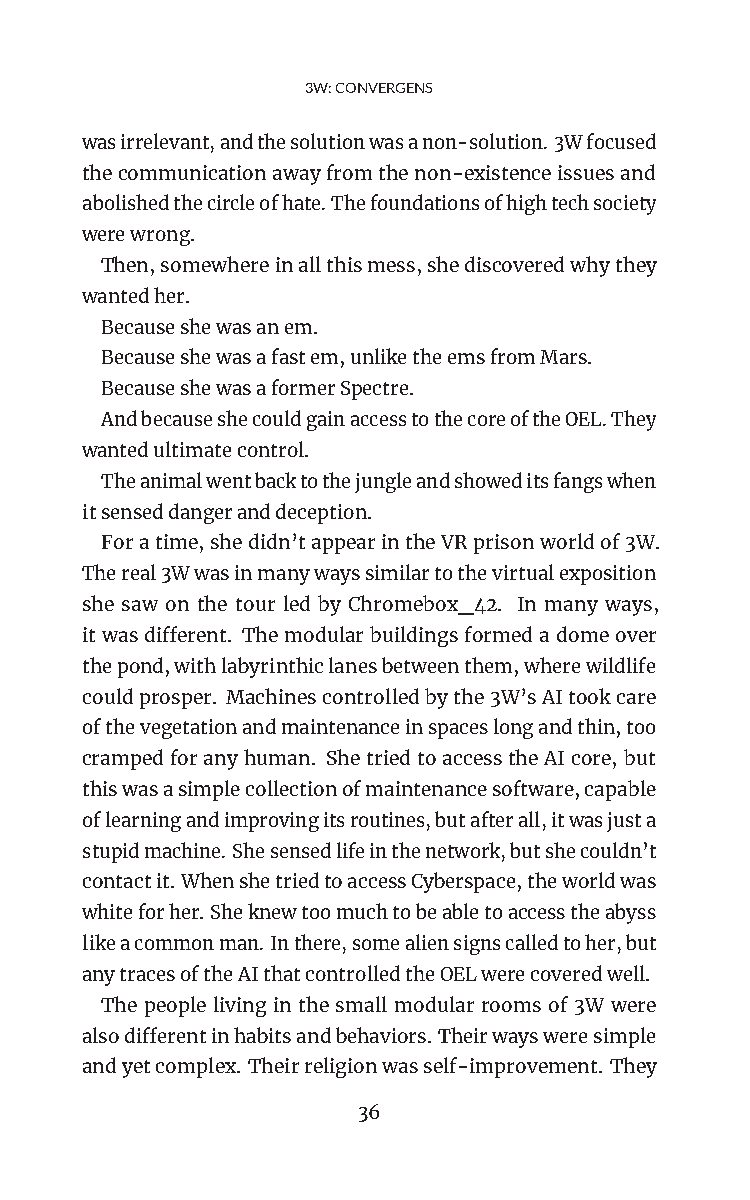
3W:CONVERGENS
 wasirrelevant,andthesolutionwasanon-solution.3Wfocused
 thecommunicationawayfromthenon-existenceissuesand
 abolishedthecircleofhate.Thefoundationsofhightechsociety
 werewrong.
 Then,somewhereinallthismess,shediscoveredwhythey
 wantedher.
 Becauseshewasanem.
 Becauseshewasafastem,unliketheemsfromMars.
 BecauseshewasaformerSpectre.
 AndbecauseshecouldgainaccesstothecoreoftheOEL.They
 wantedultimatecontrol.
 Theanimalwentbacktothejungleandshoweditsfangswhen
 itsenseddangeranddeception.
 Foratime,shedidn’tappearintheVRprisonworldof3W.
 Thereal3Wwasinmanywayssimilartothevirtualexposition
 she saw on the tour led by Chromebox_42. In many ways,
 itwasdifferent. Themodularbuildingsformedadomeover
 thepond,withlabyrinthiclanesbetweenthem,wherewildlife
 couldprosper. Machinescontrolledbythe3W’sAItookcare
 ofthevegetationandmaintenanceinspaceslongandthin,too
 crampedforanyhuman. ShetriedtoaccesstheAIcore,but
 thiswasasimplecollectionofmaintenancesoftware,capable
 oflearningandimprovingitsroutines,butafterall,itwasjusta
 stupidmachine.Shesensedlifeinthenetwork,butshecouldn’t
 contactit.WhenshetriedtoaccessCyberspace,theworldwas
 whiteforher.Sheknewtoomuchtobeabletoaccesstheabyss
 likeacommonman.Inthere,somealiensignscalledtoher,but
 anytracesoftheAIthatcontrolledtheOELwerecoveredwell.
 The people living in the small modular rooms of 3W were
 alsodifferentinhabitsandbehaviors.Theirwaysweresimple
 andyetcomplex. Theirreligionwasself-improvement. They
 36